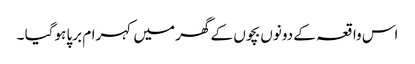
اس واقعہ کے دونوں بچوں کے گھر میں کہرام برپا ہوگیا ۔